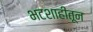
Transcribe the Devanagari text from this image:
भटशाहीतून